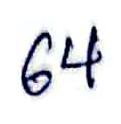
64